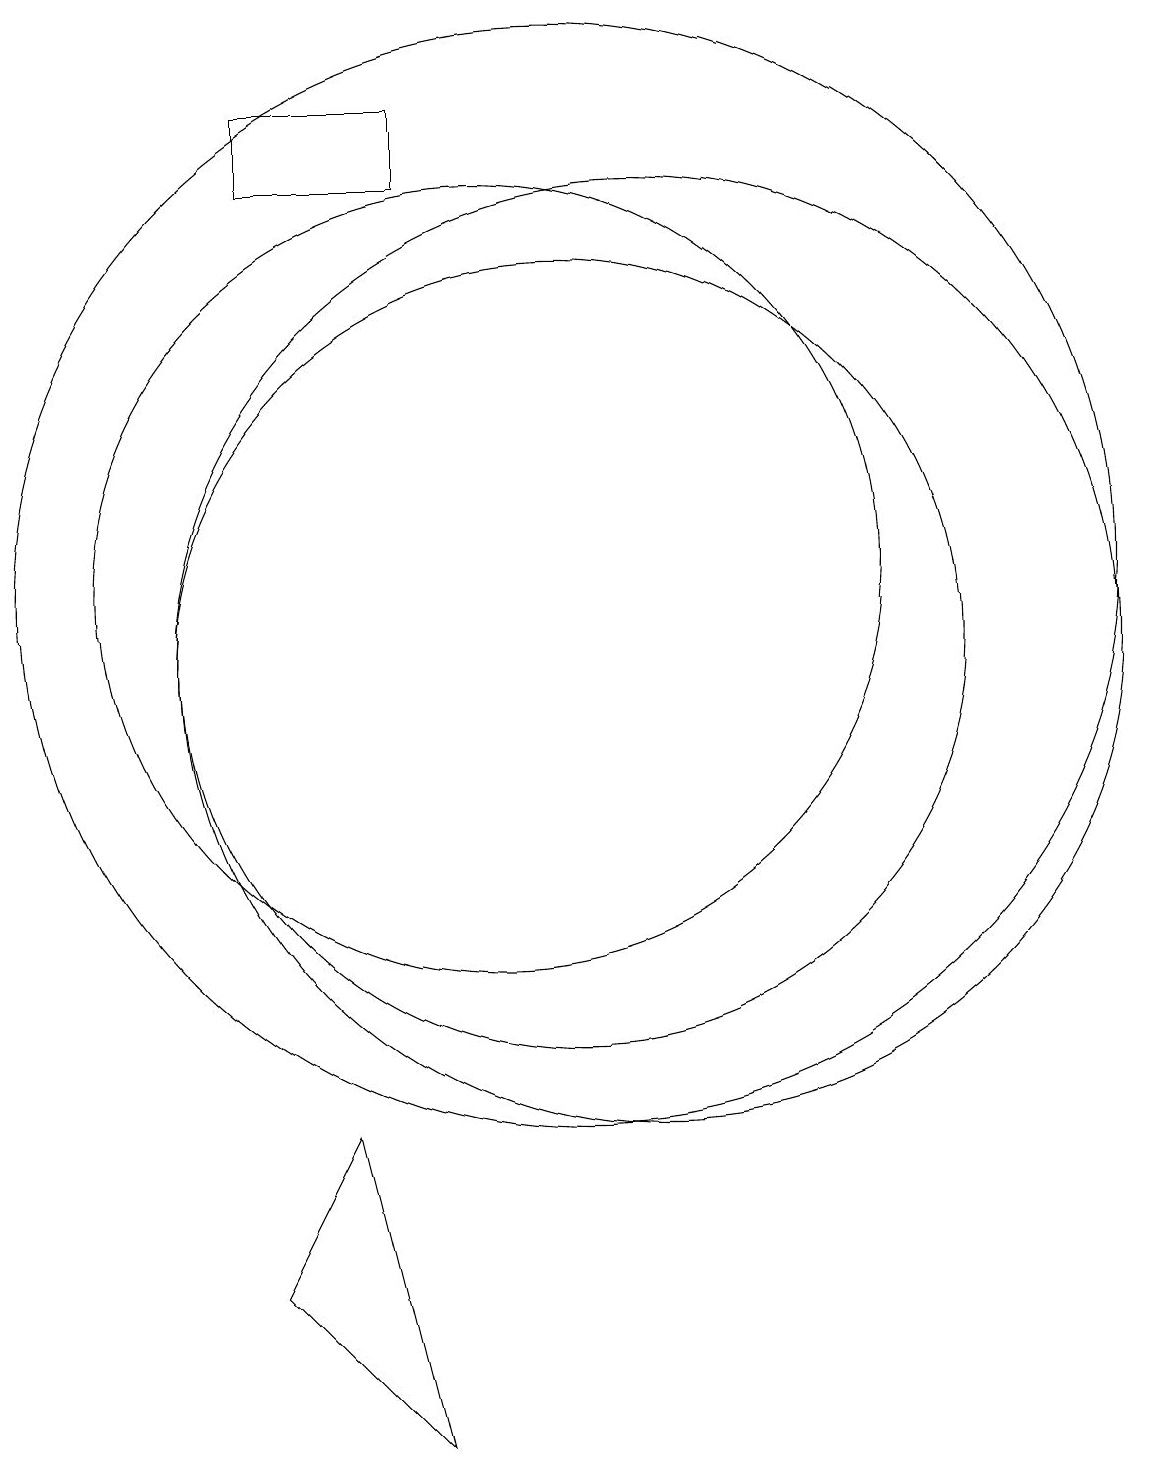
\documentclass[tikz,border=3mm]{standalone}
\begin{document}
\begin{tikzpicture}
\draw (8,4) -- (9,0) -- (7,2) -- cycle;
\draw (12,10) circle (6);
\draw (11,11) circle (7);
\draw (11,10) circle (5);
\draw (10,11) circle (5);
\draw (7,17) rectangle (9,16);
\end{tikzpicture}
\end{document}